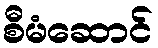
စီမံဆောင်